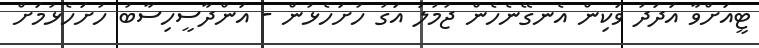
ޓީއަށްވާ އަދަދު ވަކިން އެނގޭނެހެން ޖުމުލަ އަގު ހުށަހެޅުން - އަންދާސީހިސާބު ހުށަހެޅުމަށް